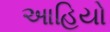
આહિયો